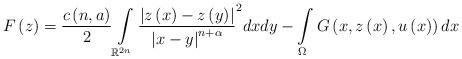
LaTeX: \begin{align*}F\left( z\right) =\dfrac{c\left( n,a\right) }{2}\int\limits_{\mathbb{R}^{2n}}\frac{\left\vert z\left( x\right) -z\left( y\right) \right\vert}{\left\vert x-y\right\vert ^{n+\alpha}}^{2}dxdy-\int\limits_{\Omega}G\left(x,z\left( x\right) ,u\left( x\right) \right) dx \end{align*}